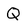
Character: Q